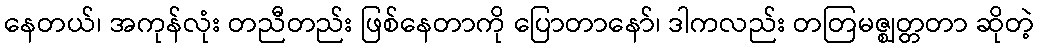
နေတယ်၊ အကုန်လုံး တညီတည်း ဖြစ်နေတာကို ပြောတာနော်၊ ဒါကလည်း တတြမဇ္ဈတ္တတာ ဆိုတဲ့